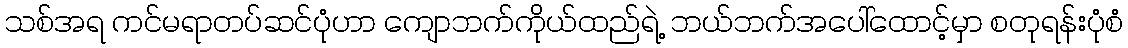
သစ်အရ ကင်မရာတပ်ဆင်ပုံဟာ ကျောဘက်ကိုယ်ထည်ရဲ့ ဘယ်ဘက်အပေါ်ထောင့်မှာ စတုရန်းပုံစံ